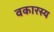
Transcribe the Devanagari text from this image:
वकारस्य